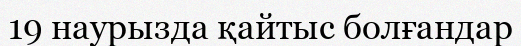
19 наурызда қайтыс болғандар